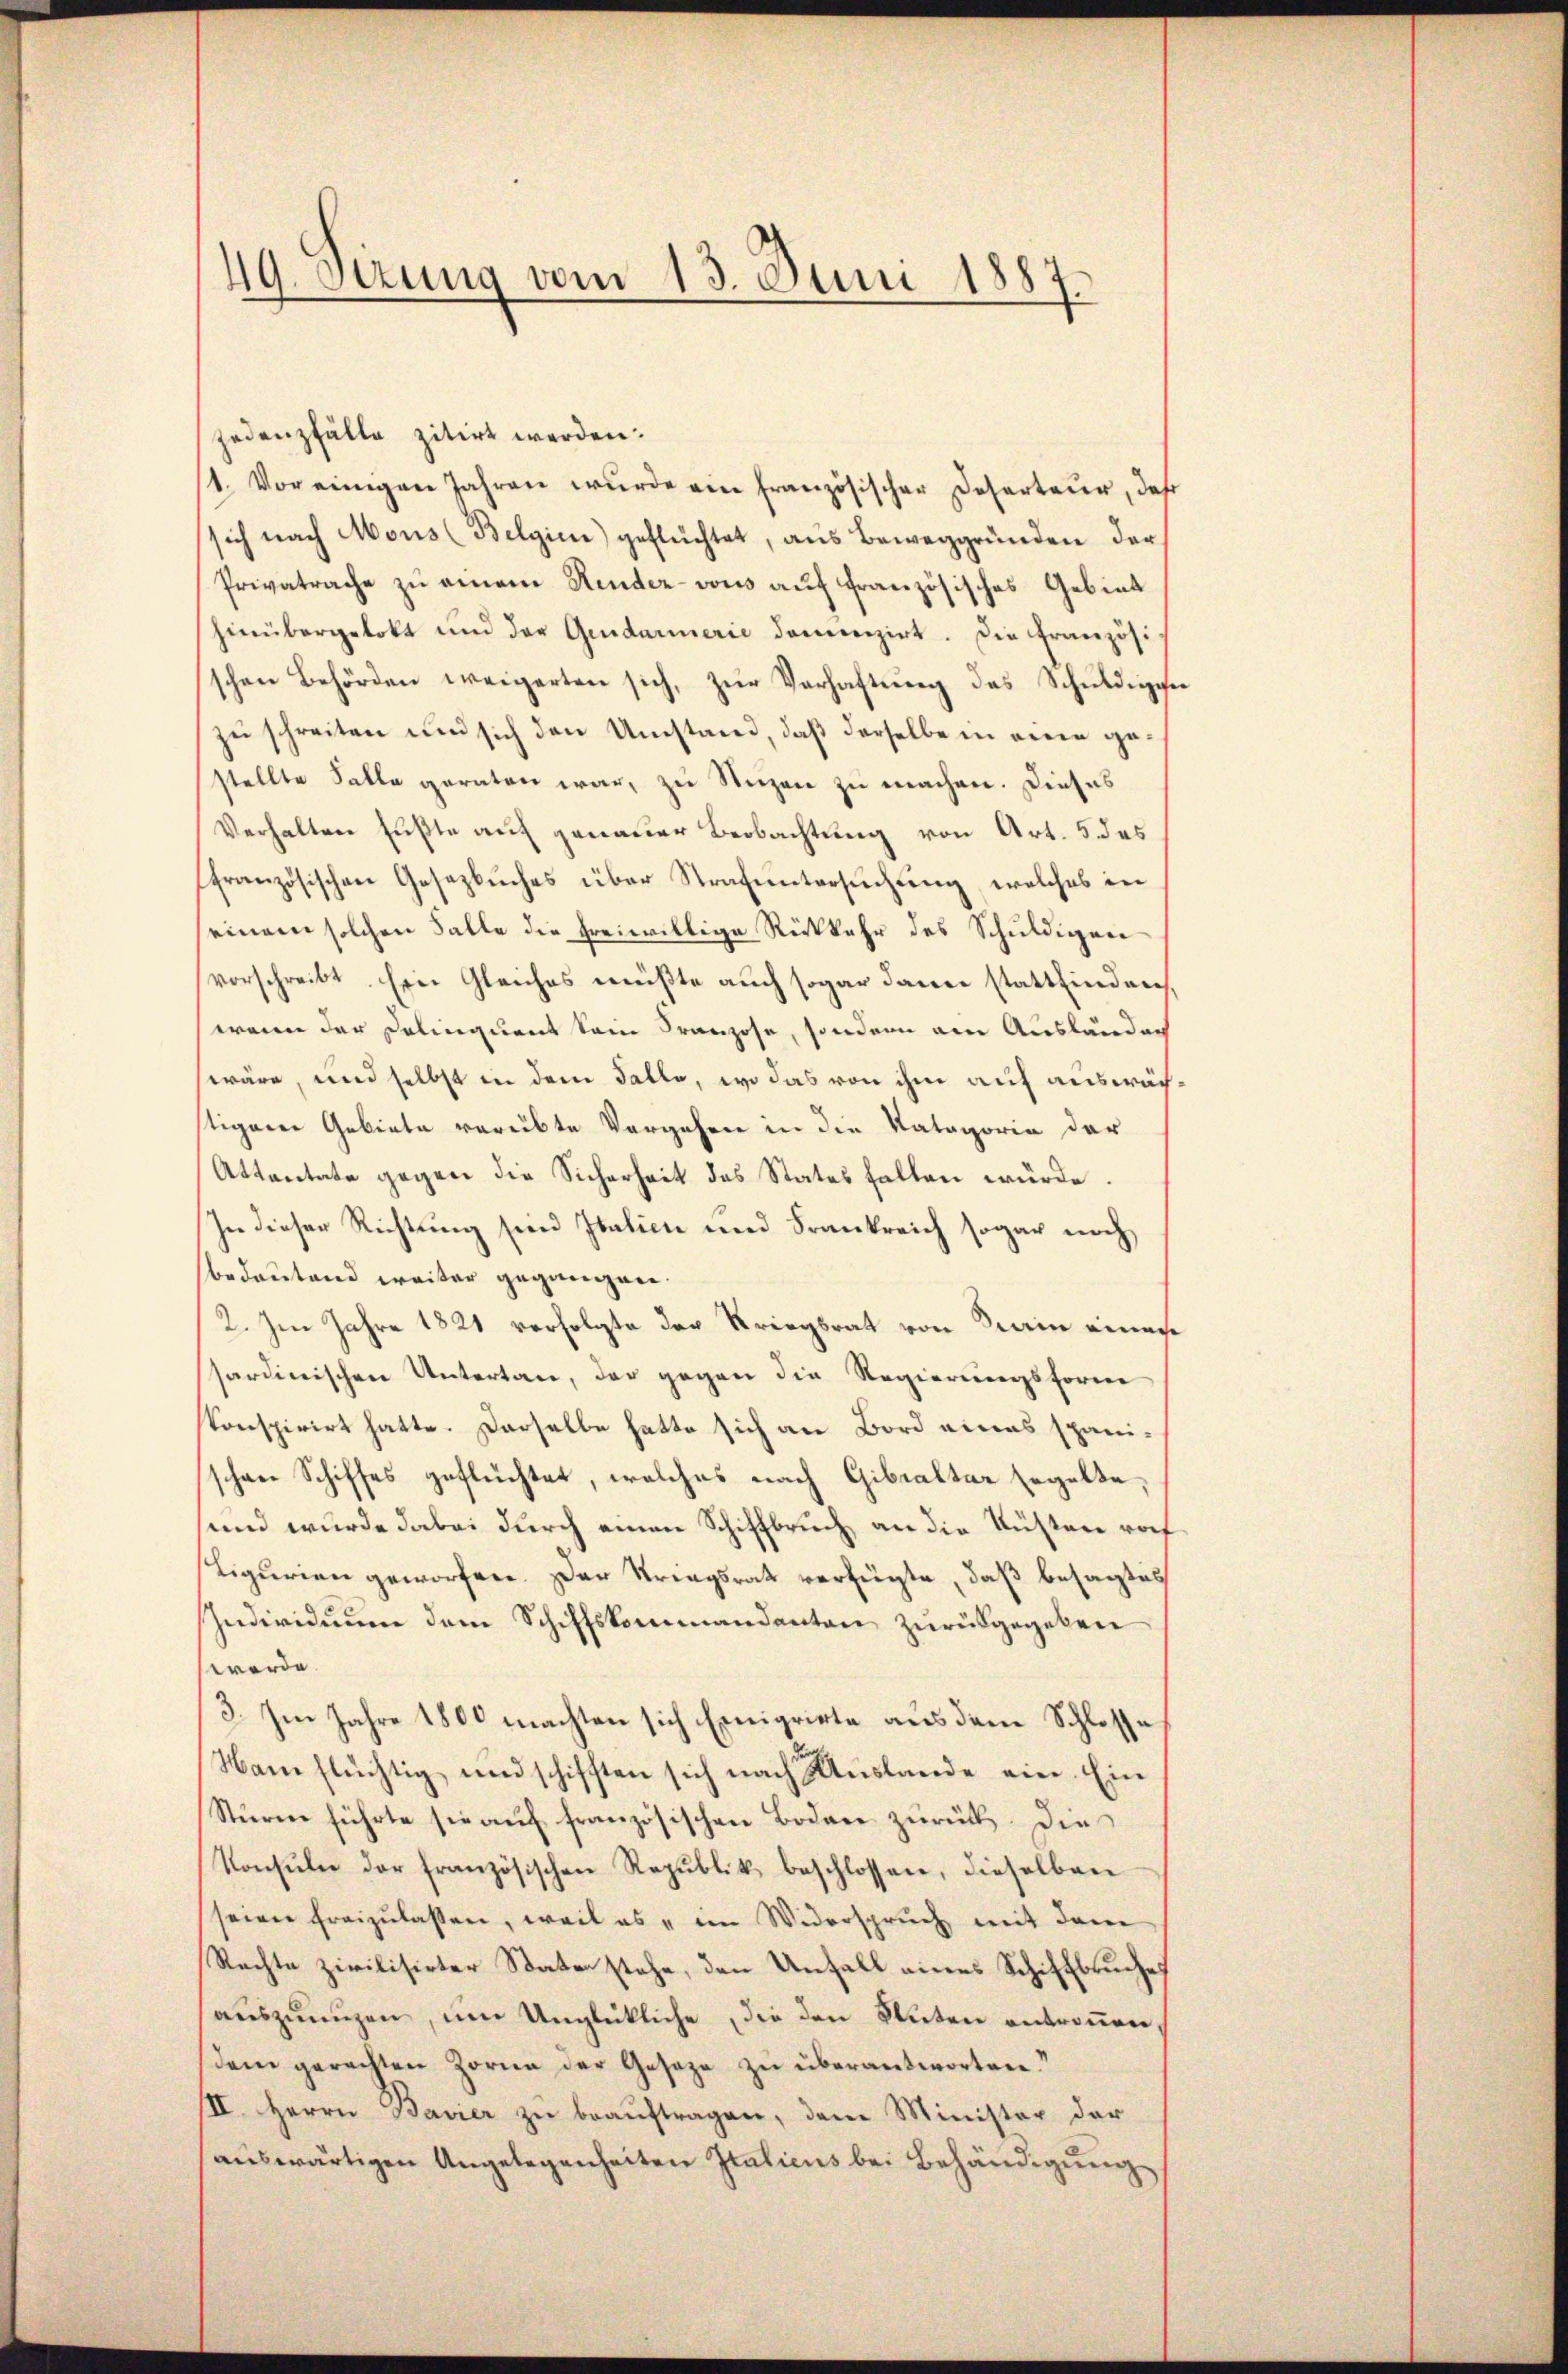
49. Szung vom 13. Juni 1887

jedenzfälle zitirt werden:
1. Vor einigen Jahren wurde ein französischer Deserteur, daß
sich nach Mons (Belgien) geflüchtet, aus Beweggründen der
Privatrache zu einem Hindez-vous auf französisches Gebiet
hinübergelobt und der Gendarmerie docenzirt. Die Französischen Behörden weigerten sich, zŭr Verhaftŭng des Schŭldige
zu schreiten und sich den Umstand, daß derselbe in eine gestellte Falle geraten war, zu Sterzen zu machen. Dieses
Verhalten Fußte auf genauer Beobachtung von Art. 5 des
französischen Gesetzbuches über Strafuntersuchung, welches in
einem solchen Falle die freiwillige Rückkehr des Schuldigen
vorschreibt. Ein Gleiches müßte auch sogar dann stattfinden,
wenn der Delinquent kein Franzose, sondern am Ausländen
wäre, und selbst in dem Falle, wo das von ihm auf auswächtiger Gebiete verübte Vorgehen in die Kategorie der
Attantate gegen die Sicherheit des States fallen würde.
In dieser Richtung sein Italien und Frankreich sogar noch
bedeutend weiter gegangen.
2. Im Jahre 1821 verfolgte der Kriegsrat von Dein einer
sardinischen Untertan, der gegen die Regierungsforme
konspirirt hatte. Derselbe hatte sich an Bord eines spanischen Schiffes geflüchtet, welches nach Gibraltar Ergelte,
und wurde dabei durch einen Schiffbruch, an die Küsten rof
Ligurien geworfen. Der Striegsrath verfügte, daß besagtes
Individuum dem Schiffskommandanten zurückgegeben
werde.
3. Im Jahre 1800 machten sich Emigrirte aus dem Schlosse
Han flüchtig und schifften sich nach Auslande eine. Ein
Sturm führte sie auf französischen Bodare zurück. Die
Konsŭlee der französischen Republik beschlossen, dieselben
seiner freizulassen, weil es im Widerspruch mit dem
Rechte zivilisirter State stehe, den Unfall eines Schiffbruche
aŭszŭnŭzen, ŭm Unglückliche die den Stuten antronen.
(dem gerachten Zorne der Gesetze zŭ überantworten.“
III. Herrn Bavier zŭ beaŭftragen, dem Minister der
aŭswärtigen Angelegenheiten Italicus bei Behändigŭng